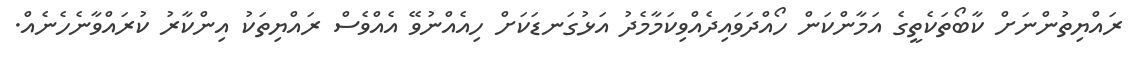
ރައްޔިތުންނަށް ކާބޯތަކެތީގެ އަމާންކަން ހޯއްދަވައިދެއްވިކަމާމެދު އަޅުގަނޑަކަށް ހިއެއްނުވޭ އެއްވެސް ރައްޔިތަކު އިންކާރު ކުރައްވާނެހެނެއް.